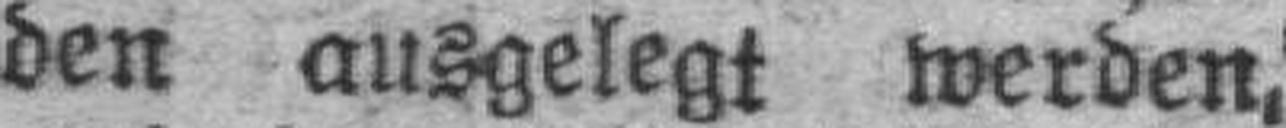
den ausgelegt werden,